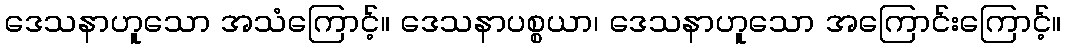
ဒေသနာဟူသော အသံကြောင့်။ ဒေသနာပစ္စယာ၊ ဒေသနာဟူသော အကြောင်းကြောင့်။